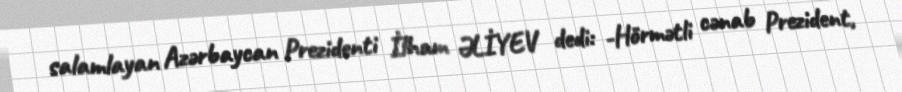
salamlayan Azərbaycan Prezidenti İlham ƏLİYEV dedi: -Hörmətli cənab Prezident,